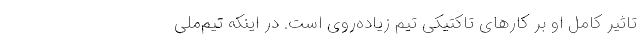
تاثیر کامل او بر کارهای تاکتیکی تیم زیاده‌روی است. در اینکه تیم‌ملی